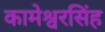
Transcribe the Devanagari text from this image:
कामेश्वरसिंह